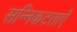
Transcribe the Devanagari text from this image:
सन्निकटताएँ